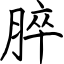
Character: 脺